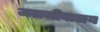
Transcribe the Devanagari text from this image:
जलजीवालय